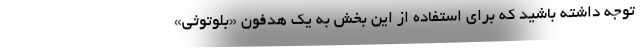
توجه داشته باشید که برای استفاده از این بخش به یک هدفون «بلوتوثی»